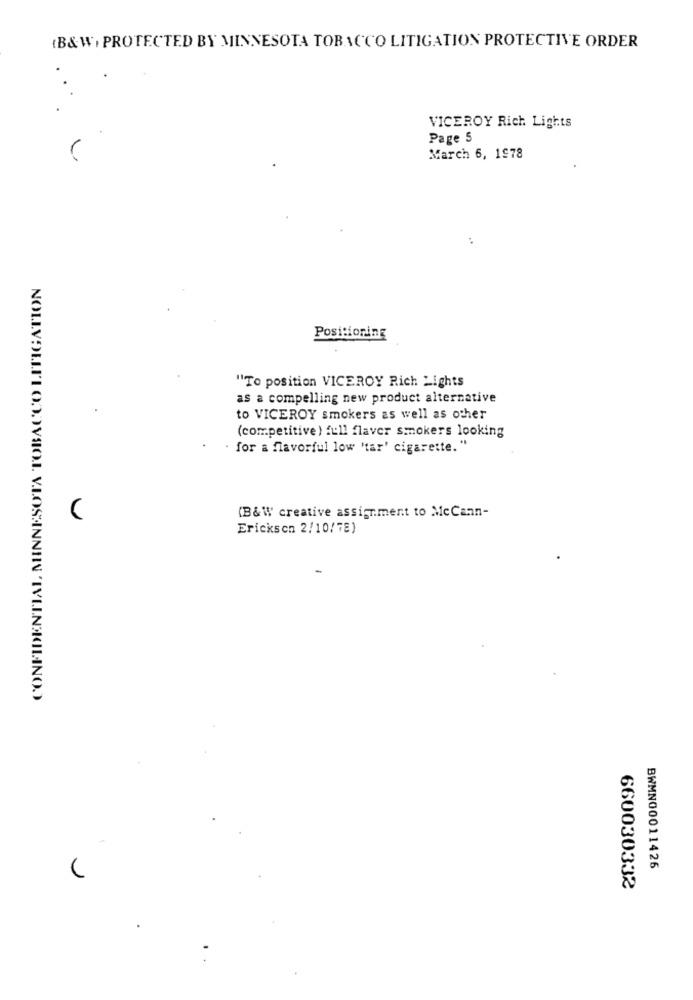
(B&W, PROTECTED BY MINNESOTA TOBACCO LITIGATION PROTECTIVE ORDER
VICEROY Rich Lights
Page 5
March 6, 1978
Positioning
"To position VICEROY Rich Lights
as a compelling new product alternative
to VICEROY smokers as well as other
(competitive ) full flaver smokers looking
. for a flavorful low "tar' cigarette. "
(B&W creative assignment to McCann-
Erickson 2/10/78)
BWMN00011426
660030332